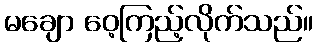
မချော ဝေ့ကြည့်လိုက်သည်။